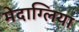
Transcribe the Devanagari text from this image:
मेदाग्लिया